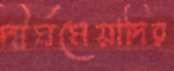
দীর্ঘমেয়াদির